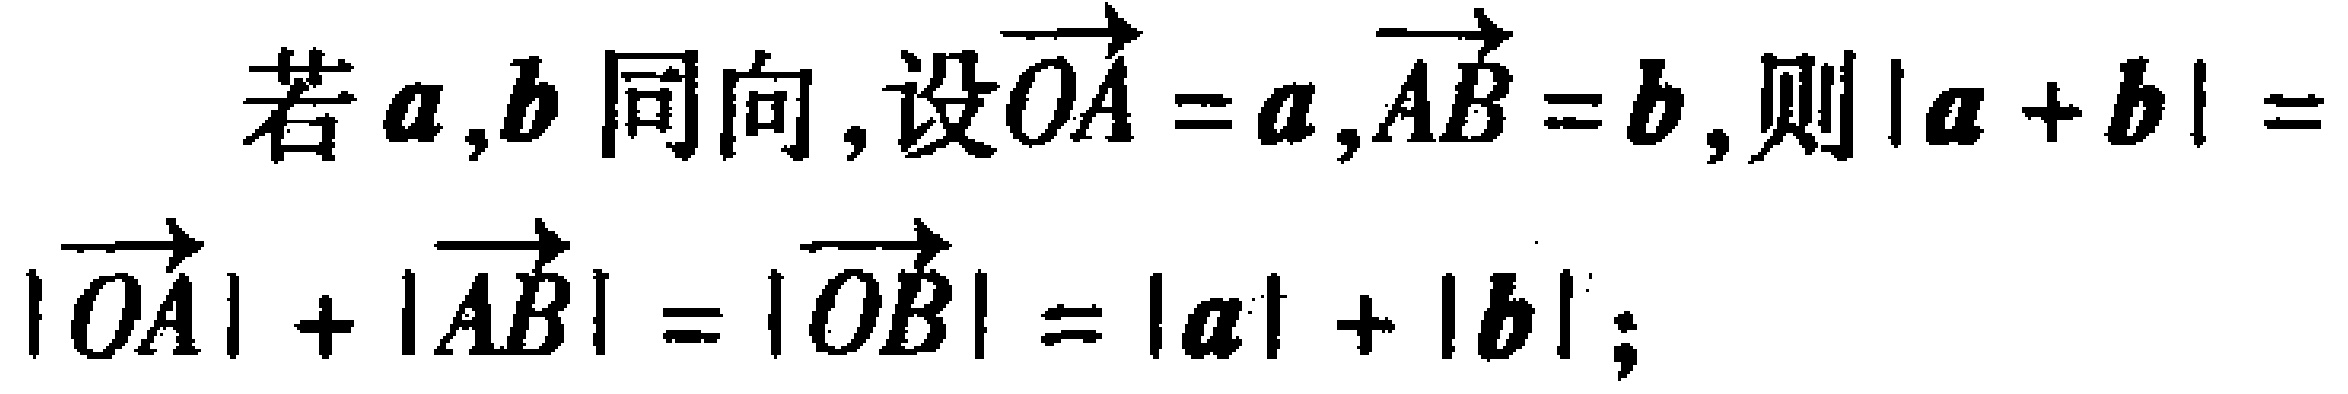
若\(\boldsymbol{a},\boldsymbol{b}\)同向, 设\(\overrightarrow{OA}=\boldsymbol{a},\overrightarrow{AB}=\boldsymbol{b}\), 则\(|\boldsymbol{a} + \boldsymbol{b}| = |\overrightarrow{OA}| + |\overrightarrow{AB}| = |\overrightarrow{OB}| = |\boldsymbol{a}| + |\boldsymbol{b}|\);